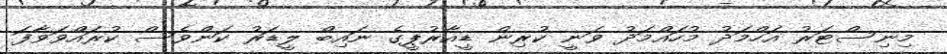
މިނިސްޓަރު އަހްމަދު މުހައްމަދު ވަނީ ކުރިން ޑީއާރުޕީގެ ނައިބް ލީޑަރު ކަންވެސް ކުރައްވަވާފަ